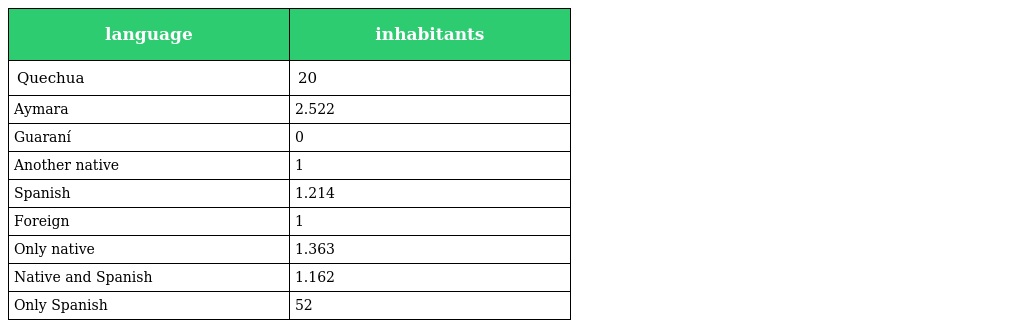
| language | inhabitants |
 | --- | --- |
 | Quechua | 20 |
 | Aymara | 2.522 |
 | Guaraní | 0 |
 | Another native | 1 |
 | Spanish | 1.214 |
 | Foreign | 1 |
 | Only native | 1.363 |
 | Native and Spanish | 1.162 |
 | Only Spanish | 52 |